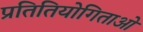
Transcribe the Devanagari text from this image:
प्रतितियोगिताओं